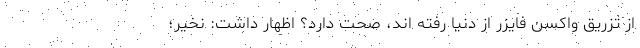
از تزریق واکسن فایزر از دنیا رفته اند، صحت دارد؟ اظهار داشت: نخیر؛